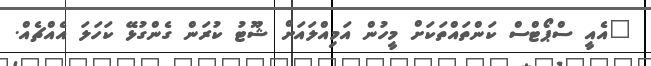
"އެއީ ސްޕޯޓްސް ކަންތައްތަކަށް މީހުން އަމިއްލައަށް ޝޫޓު ކުރަން ގެންގުޅޭ ކަހަލަ އެއްޗެއް.